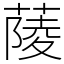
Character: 䔖